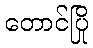
တောင်ပြို